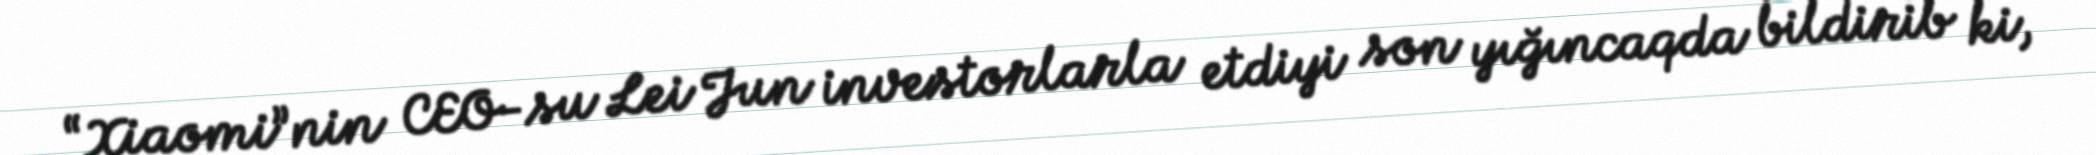
“Xiaomi”nin CEO-su Lei Jun investorlarla etdiyi son yığıncaqda bildirib ki,